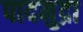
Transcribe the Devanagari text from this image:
पादमुद्रा